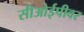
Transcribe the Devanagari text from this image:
सीओईपीवर